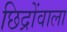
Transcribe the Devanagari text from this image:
छिद्रोंवाला